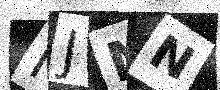
Text: NJNN